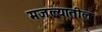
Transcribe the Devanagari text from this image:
मजल्यातील